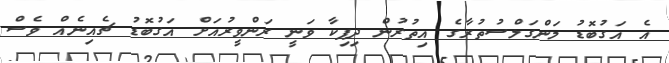
އެ އަގުބޮޑު މަންގަލްސުތުރާގެ އިތުރުން ދިޕިކާ ވަނީ ރަންވީރުއަށް އަގުބޮޑު ޗެއިނެއް ވެސް